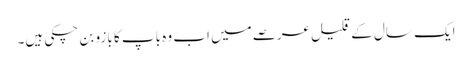
ایک سال کے قلیل عرصے میں اب وہ باپ کا بازو بن چکی ہیں۔